Leaving Certificate Examination (including Day School Certificate (Higher) General paper), 1936
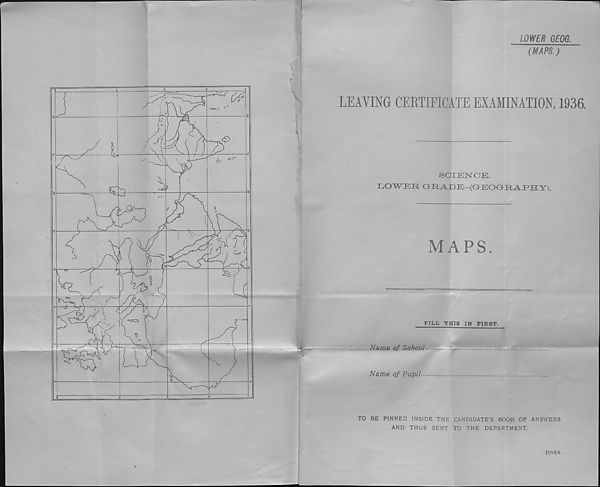
English
to 20
50 SO
Scale |: 2,750,000
Projection- ' Conical.
Kilometres
—'—i—i—i—i i
1
20 '40 60
Ordnanoe Survey, 1936.